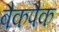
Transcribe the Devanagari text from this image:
बैकपैक